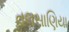
તલસાણિયા